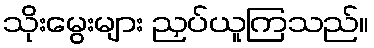
သိုးမွေးများ ညှပ်ယူကြသည်။